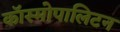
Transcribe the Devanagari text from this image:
कॉस्मोपालिटन